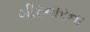
ગીરનારના